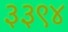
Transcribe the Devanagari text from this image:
३३९४